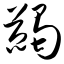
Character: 蠲